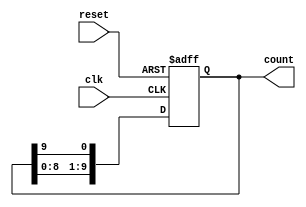
module decade_ring_counter (
    input wire clk,          // Clock input
    input wire reset,        // Asynchronous reset input
    output reg [9:0] count   // 10-bit output representing the counter state
);

// Initial state
initial begin
    count = 10'b0000000001; // Start with the first state
end

always @(posedge clk or posedge reset) begin
    if (reset) begin
        count <= 10'b0000000001; // Reset to the initial state
    end else begin
        // Shift the '1' through the ring
        count <= {count[8:0], count[9]}; // Shift left and wrap around
    end
end

endmodule